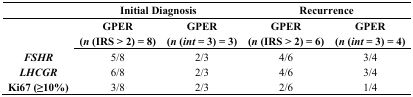
<table><thead><tr><td></td><td colspan="2"><b>Initial Diagnosis</b></td><td colspan="2"><b>Recurrence</b></td></tr></thead><tbody><tr><td></td><td><b><b>GPER (<i>n</i> (IRS &gt; 2) = 8)</b></b></td><td><b><b>GPER (<i>n</i> (<i>int</i> = 3) = 3)</b></b></td><td><b><b>GPER (<i>n</i> (IRS &gt; 2) = 6)</b></b></td><td><b><b>GPER (<i>n</i> (<i>int</i> = 3) = 4)</b></b></td></tr><tr><td><b><i>FSHR</i></b></td><td>5/8</td><td>2/3</td><td>4/6</td><td>3/4</td></tr><tr><td><b><i>LHCGR</i></b></td><td>6/8</td><td>2/3</td><td>4/6</td><td>3/4</td></tr><tr><td><b>Ki67 (≥10%)</b></td><td>3/8</td><td>2/3</td><td>2/6</td><td>1/4</td></tr></tbody></table>